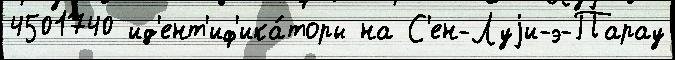
4501740 ид'ент'иф'ика́торы на С'ен-Луjи-э-Парау